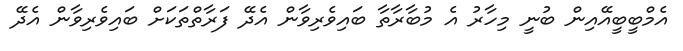
އެމްބީބީއޭއިން ބުނީ މިހާރު އެ މުބާރާތާ ބައިވެރިވާން އެދޭ ފަރާތްތަކަށް ބައިވެރިވާން އެދޭ